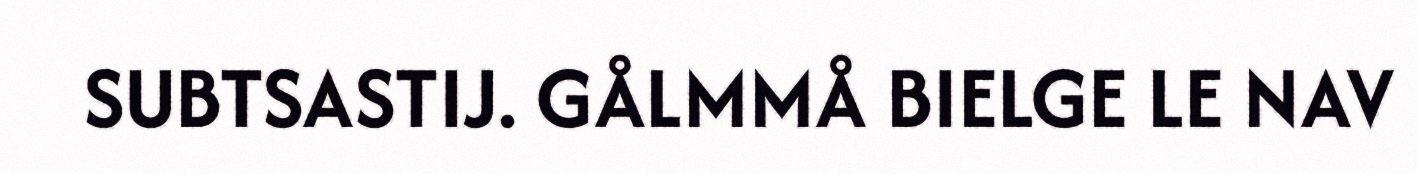
SUBTSASTIJ. GÅLMMÅ BIELGE LE NAV